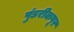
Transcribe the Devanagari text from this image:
पुंडरीकपूर